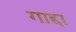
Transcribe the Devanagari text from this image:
गाद्दा